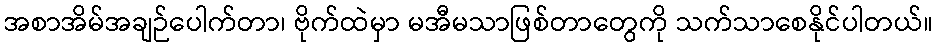
အစာအိမ်အချဉ်ပေါက်တာ၊ ဗိုက်ထဲမှာ မအီမသာဖြစ်တာတွေကို သက်သာစေနိုင်ပါတယ်။